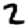
Digit: 2